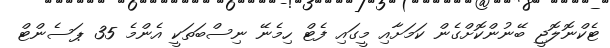
ޓެކްނޮލޮޖީ ބޭނުންކޮށްގެން ކަމަށާއި މީގައި ފެޓް ހިމެނޭ ނިސްބަތަކީ އެންމެ 35 ޕަސެންޓް